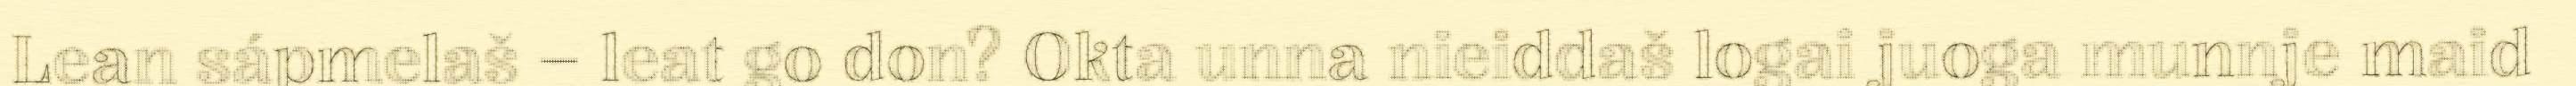
Lean sápmelaš – leat go don? Okta unna nieiddaš logai juoga munnje maid